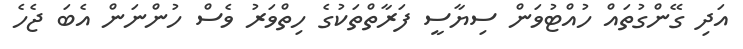
އަދި ގޭންގުތައް ހުއްޓުވަން ސިޔާސީ ފަރާތްތަކުގެ ހިތްވަރު ވެސް ހުންނަން އެބަ ޖެހެ